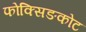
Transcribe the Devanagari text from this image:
फोक्सिङकोट